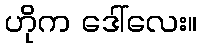
ဟိုက ဒေါ်လေး။